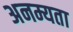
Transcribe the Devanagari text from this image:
अनम्यता